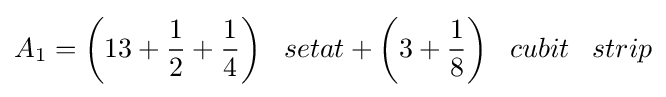
A_{1}={\bigg (}13+{\frac {1}{2}}+{\frac {1}{4}}{\bigg )}\;\;\;setat+{\bigg (}3+{\frac {1}{8}}{\bigg )}\;\;\;cubit\;\;\;strip